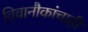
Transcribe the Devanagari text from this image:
विवानौकांचाही